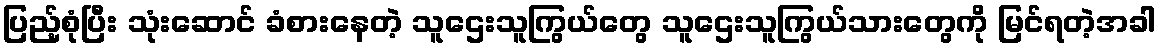
ပြည့်စုံပြီး သုံးဆောင် ခံစားနေတဲ့ သူဌေးသူကြွယ်တွေ သူဌေးသူကြွယ်သားတွေကို မြင်ရတဲ့အခါ